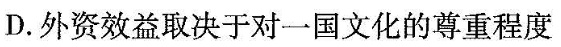
D.外资效益取决于对一国文化的尊重程度